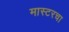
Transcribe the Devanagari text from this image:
मास्टरचा